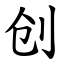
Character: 创